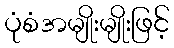
ပုံစံအမျိုးမျိုးဖြင့်